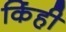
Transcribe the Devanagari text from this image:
किंही